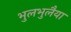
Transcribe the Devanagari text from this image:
भुलभुलैया